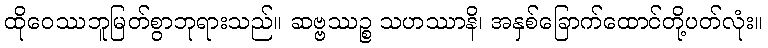
ထိုဝေဿဘူမြတ်စွာဘုရားသည်။ ဆဗ္ဗဿဉ္စ သဟဿာနိ၊ အနှစ်ခြောက်ထောင်တို့ပတ်လုံး။